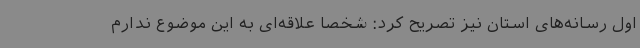
اول رسانه‌های استان نیز تصریح کرد: شخصا علاقه‌ای به این موضوع ندارم